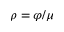
\rho = \varphi / \mu